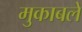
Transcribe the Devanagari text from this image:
मुकाबलें